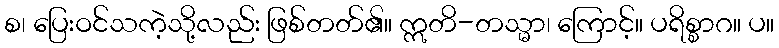
စ၊ ပြေးဝင်သကဲ့သို့လည်း ဖြစ်တတ်၏။ ဣတိ-တသ္မာ၊ ကြောင့်။ ပရိစ္စာဂ။ ပ။